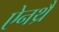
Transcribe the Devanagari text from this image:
ऐनथ्रै